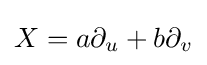
X=a\partial _{u}+b\partial _{v}